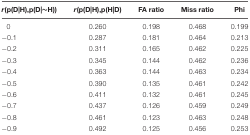
<table><thead><tr><td><b><i>r</i>(p(D|H),p(D|∼H))</b></td><td><b><i>r</i>(p(D|H),p(H|D)</b></td><td><b>FA ratio</b></td><td><b>Miss ratio</b></td><td><b>Phi</b></td></tr></thead><tbody><tr><td>0</td><td>0.260</td><td>0.198</td><td>0.468</td><td>0.199</td></tr><tr><td>–0.1</td><td>0.287</td><td>0.181</td><td>0.464</td><td>0.213</td></tr><tr><td>–0.2</td><td>0.311</td><td>0.165</td><td>0.462</td><td>0.225</td></tr><tr><td>–0.3</td><td>0.345</td><td>0.144</td><td>0.462</td><td>0.236</td></tr><tr><td>–0.4</td><td>0.363</td><td>0.144</td><td>0.463</td><td>0.234</td></tr><tr><td>–0.5</td><td>0.390</td><td>0.135</td><td>0.461</td><td>0.242</td></tr><tr><td>–0.6</td><td>0.411</td><td>0.132</td><td>0.461</td><td>0.245</td></tr><tr><td>–0.7</td><td>0.437</td><td>0.126</td><td>0.459</td><td>0.249</td></tr><tr><td>–0.8</td><td>0.461</td><td>0.123</td><td>0.463</td><td>0.248</td></tr><tr><td>–0.9</td><td>0.492</td><td>0.125</td><td>0.456</td><td>0.253</td></tr></tbody></table>